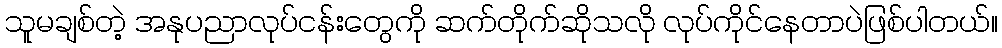
သူမချစ်တဲ့ အနုပညာလုပ်ငန်းတွေကို ဆက်တိုက်ဆိုသလို လုပ်ကိုင်နေတာပဲဖြစ်ပါတယ်။